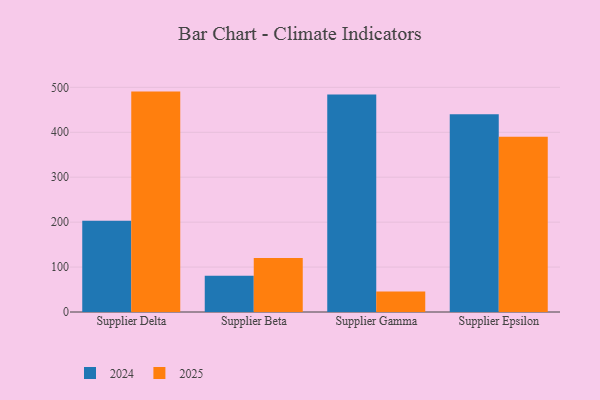
{"axis": {"x": "Supplier", "y": "Customer Acquisition Cost (USD)"}, "legend": ["2024", "2025"], "data": [{"x": "Supplier Delta", "y": 203.3, "type": "2024"}, {"x": "Supplier Delta", "y": 490.5, "type": "2025"}, {"x": "Supplier Beta", "y": 80.9, "type": "2024"}, {"x": "Supplier Beta", "y": 120.2, "type": "2025"}, {"x": "Supplier Gamma", "y": 483.9, "type": "2024"}, {"x": "Supplier Gamma", "y": 45.6, "type": "2025"}, {"x": "Supplier Epsilon", "y": 440.3, "type": "2024"}, {"x": "Supplier Epsilon", "y": 390.1, "type": "2025"}]}